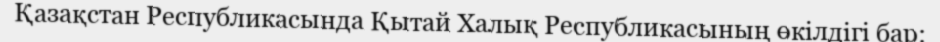
Қазақстан Республикасында Қытай Халық Республикасының өкілдігі бар: